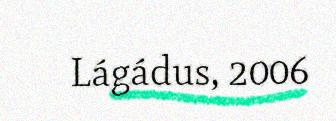
Lágádus, 2006